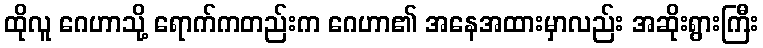
ထိုလူ ဂေဟာသို့ ရောက်ကတည်းက ဂေဟာ၏ အနေအထားမှာလည်း အဆိုးရွားကြီး